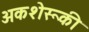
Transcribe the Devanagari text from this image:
अकशेरूकी